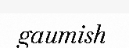
gaumish